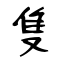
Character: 隻